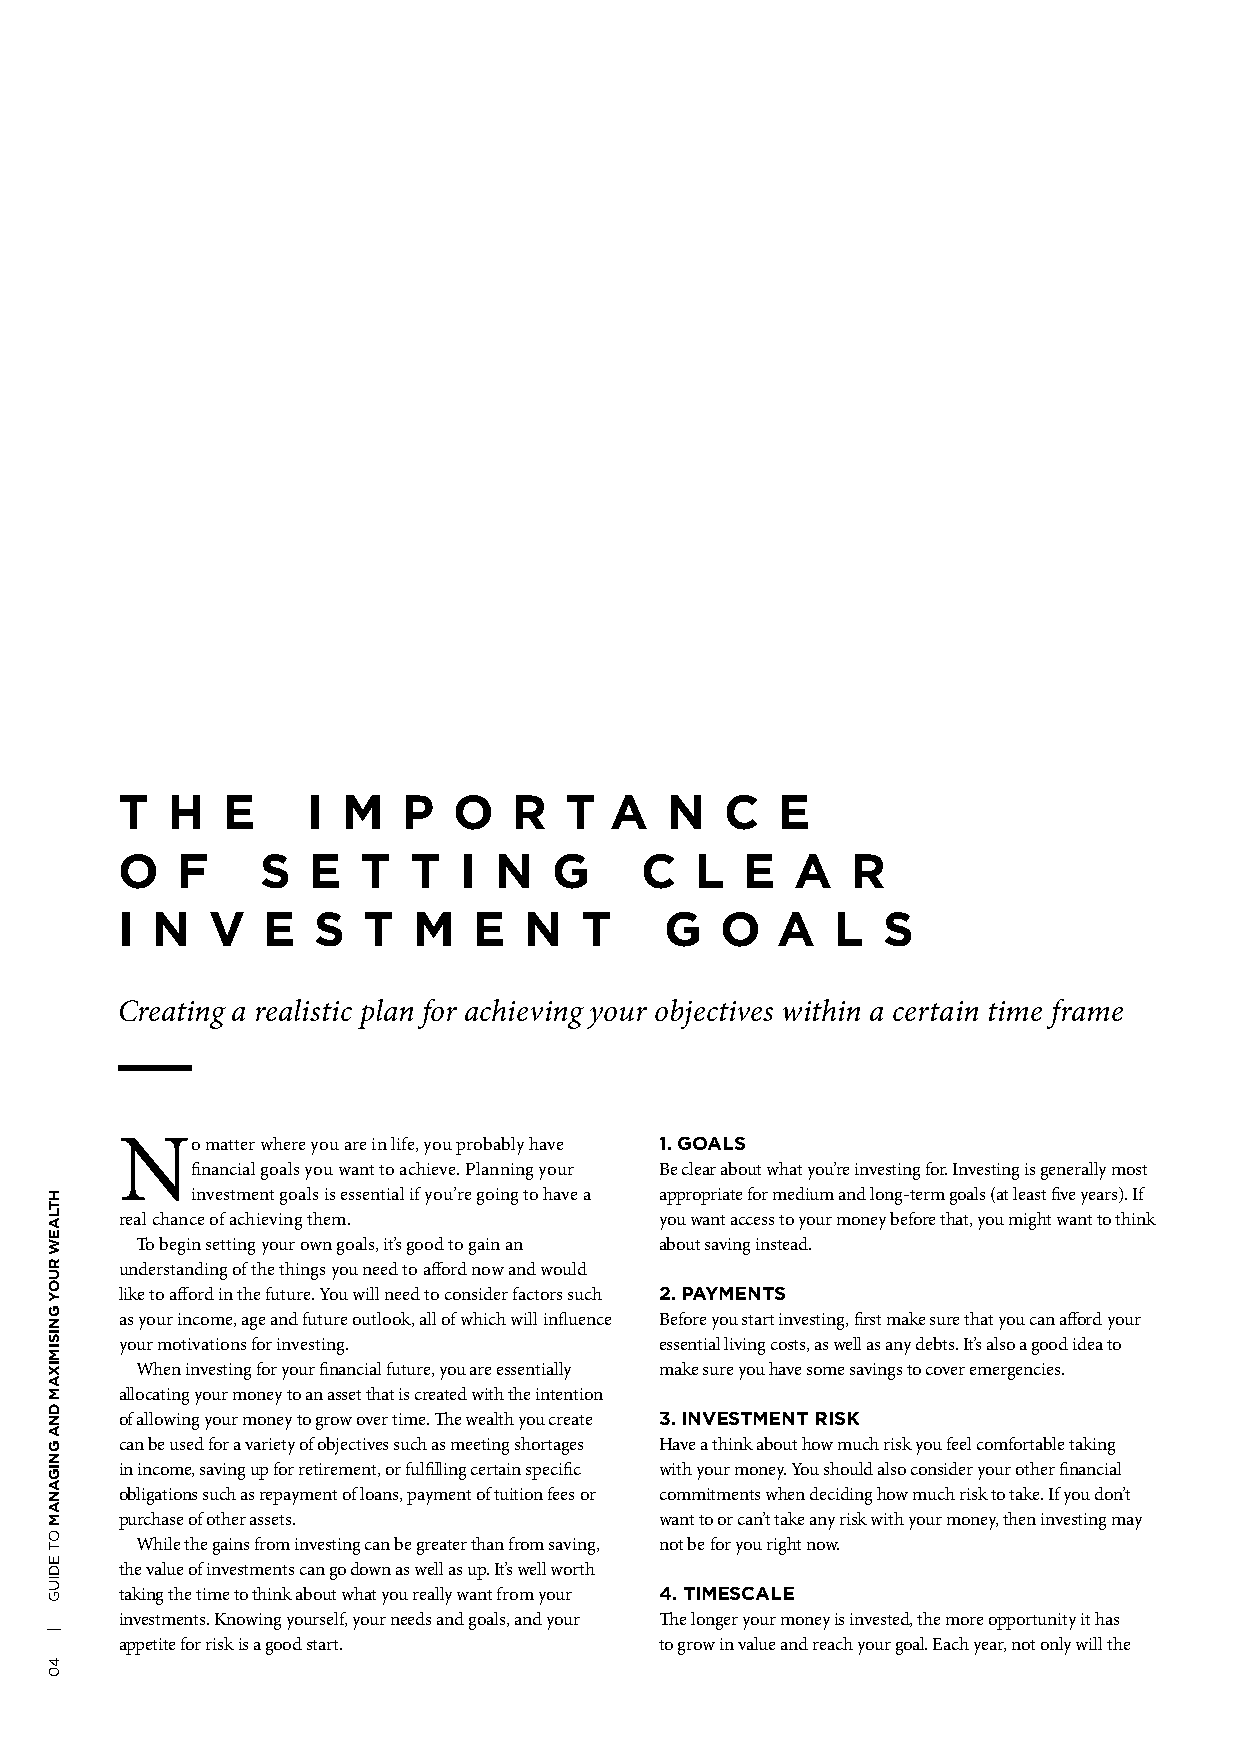
T  H   E    I  M   P  O   R  T  A   N   C   E
 O   F    S   E  T  T  I  N   G    C   L  E   A  R
 I N   V  E   S  T  M   E   N  T     G   O  A   L  S
 Creating a realistic plan for achieving your objectives within a certain time frame
 No    matter where you are in life, you probably have 1. GOALS
 financial goals you want to achieve. Planning your Be clear about what you’re investing for. Investing is generally most
 investment goals is essential if you’re going to have a appropriate for medium and long-term goals (at least five years). If
 real chance of achieving them.      you want access to your money before that, you might want to think
 To begin setting your own goals, it’s good to gain an about saving instead.
 understanding of the things you need to afford now and would
 like to afford in the future. You will need to consider factors such 2. PAYMENTS
 as your income, age and future outlook, all of which will influence Before you start investing, first make sure that you can afford your
 your motivations for investing.     essential living costs, as well as any debts. It’s also a good idea to
 When investing for your financial future, you are essentially make sure you have some savings to cover emergencies.
 allocating your money to an asset that is created with the intention
 of allowing your money to grow over time. The wealth you create 3. INVESTMENT RISK
 can be used for a variety of objectives such as meeting shortages Have a think about how much risk you feel comfortable taking
 in income, saving up for retirement, or fulfilling certain specific with your money. You should also consider your other financial
 obligations such as repayment of loans, payment of tuition fees or commitments when deciding how much risk to take. If you don’t
 purchase of other assets.           want to or can’t take any risk with your money, then investing may
 While the gains from investing can be greater than from saving, not be for you right now.
 the value of investments can go down as well as up. It’s well worth
 taking the time to think about what you really want from your 4. TIMESCALE
 investments. Knowing yourself, your needs and goals, and your The longer your money is invested, the more opportunity it has
 appetite for risk is a good start.  to grow in value and reach your goal. Each year, not only will the
 HTLAEW
 RUOY
 GNISIMIXAM
 DNA
 GNIGANAM
 OT
 EDIUG
 |
 40